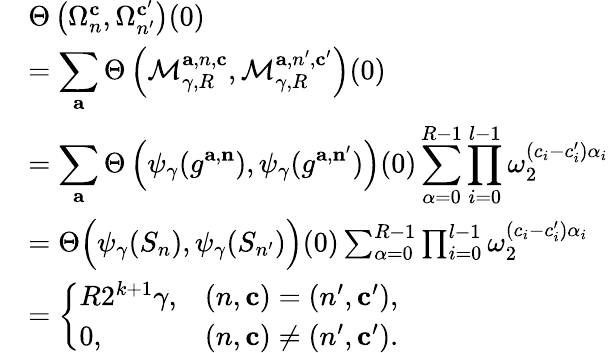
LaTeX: \begin{array}{rl}&{\Theta\left(\Omega_{n}^{\mathbf{c}},\Omega_{n^{\prime}}^{\mathbf{c}^{\prime}}\right)(0)}\\ &{=\displaystyle\sum_{\mathbf{a}}\Theta\left(\mathcal{M}_{\gamma,R}^{\mathbf{a},{n},\mathbf{c}},\mathcal{M}_{\gamma,R}^{\mathbf{a},{n}^{\prime},\mathbf{c}^{\prime}}\right)(0)}\\ &{=\displaystyle\sum_{\mathbf{a}}\Theta\left({\psi_{\gamma}}(g^{\mathbf{a},\mathbf{n}}),{\psi_{\gamma}}(g^{\mathbf{a},\mathbf{n}^{\prime}})\right)(0)\sum_{\alpha=0}^{R-1}\prod_{i=0}^{l-1}\omega_{2}^{(c_{i}-c_{i}^{\prime})\alpha_{i}}}\\ &{=\Theta\Big(\psi_{\gamma}(S_{n}),\psi_{\gamma}(S_{n^{\prime}})\Big)(0)\sum_{\alpha=0}^{R-1}\prod_{i=0}^{l-1}\omega_{2}^{(c_{i}-c_{i}^{\prime})\alpha_{i}}}\\ &{=\left\{ \begin{array}{ll}{R2^{k+1}\gamma,}&{(n,\mathbf{c})=(n^{\prime},\mathbf{c}^{\prime}),}\\ {0,}&{(n,\mathbf{c})\neq(n^{\prime},\mathbf{c}^{\prime}).}\end{array}\right.}\end{array}